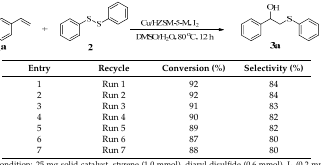
<table><thead><tr><td><b>Entry</b></td><td><b>Recycle</b></td><td><b>Conversion (%)</b></td><td><b>Selectivity (%)</b></td></tr></thead><tbody><tr><td>1</td><td>Run 1</td><td>92</td><td>84</td></tr><tr><td>2</td><td>Run 2</td><td>92</td><td>84</td></tr><tr><td>3</td><td>Run 3</td><td>91</td><td>83</td></tr><tr><td>4</td><td>Run 4</td><td>90</td><td>82</td></tr><tr><td>5</td><td>Run 5</td><td>89</td><td>82</td></tr><tr><td>6</td><td>Run 6</td><td>87</td><td>80</td></tr><tr><td>7</td><td>Run 7</td><td>88</td><td>80</td></tr></tbody></table>